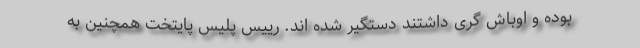
بوده و اوباش گری داشتند دستگیر شده اند. رییس پلیس پایتخت همچنین به